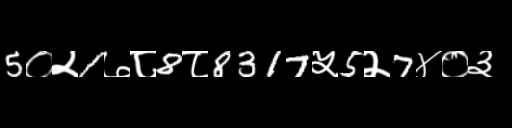
Text: 5०२1७८8८8317५5२7४०३